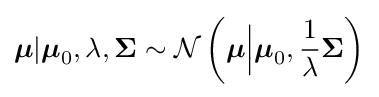
{\boldsymbol {\mu }}|{\boldsymbol {\mu }}_{0},\lambda ,{\boldsymbol {\Sigma }}\sim {\mathcal {N}}\left({\boldsymbol {\mu }}{\Big |}{\boldsymbol {\mu }}_{0},{\frac {1}{\lambda }}{\boldsymbol {\Sigma }}\right)